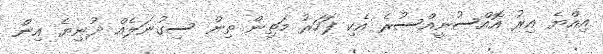
އިއްޔެ އިރު އޮއްސުނީއްސުރެ އެކި ފަހަރު މަތިން ތިން ސިގުނަލެއް ދުނިޔެ އިން